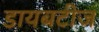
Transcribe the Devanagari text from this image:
डायबटीज